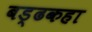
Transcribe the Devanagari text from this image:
बड्ढकहा